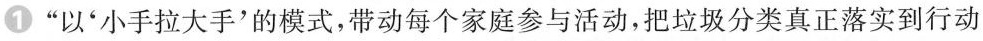
1”以*小于拉大手'的模式，带动每个家庭参与活动，把垃圾分类真正落实到行动